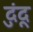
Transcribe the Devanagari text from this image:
दुंदू